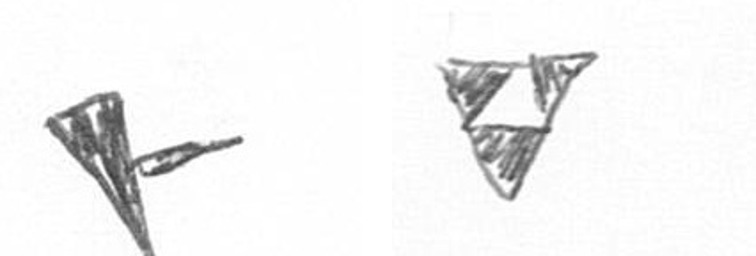
F S